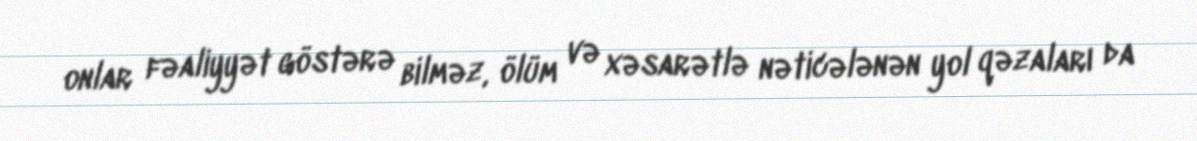
onlar fəaliyyət göstərə bilməz, ölüm və xəsarətlə nəticələnən yol qəzaları da